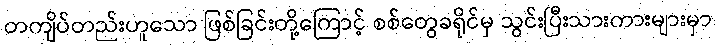
တကျိပ်တည်းဟူသော ဖြစ်ခြင်းတို့ကြောင့် စစ်တွေခရိုင်မှ သွင်းပြီးသားကားများမှာ